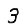
Digit: 3